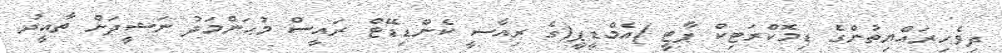
ދިވެހިރައްޔިތުންގެ ޑިމޮކްރަޓިކް ޕާޓީ )އެމްޑީޕީ(ގެ ރިއާސީ ކެންޑިޑޭޓް ރައީސް މުޙަންމަދު ނަޝީދަށް ތާއީދު